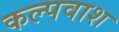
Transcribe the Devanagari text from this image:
कल्पवाश